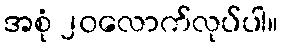
အစုံ ၂၀လောက်လုပ်ပါ။